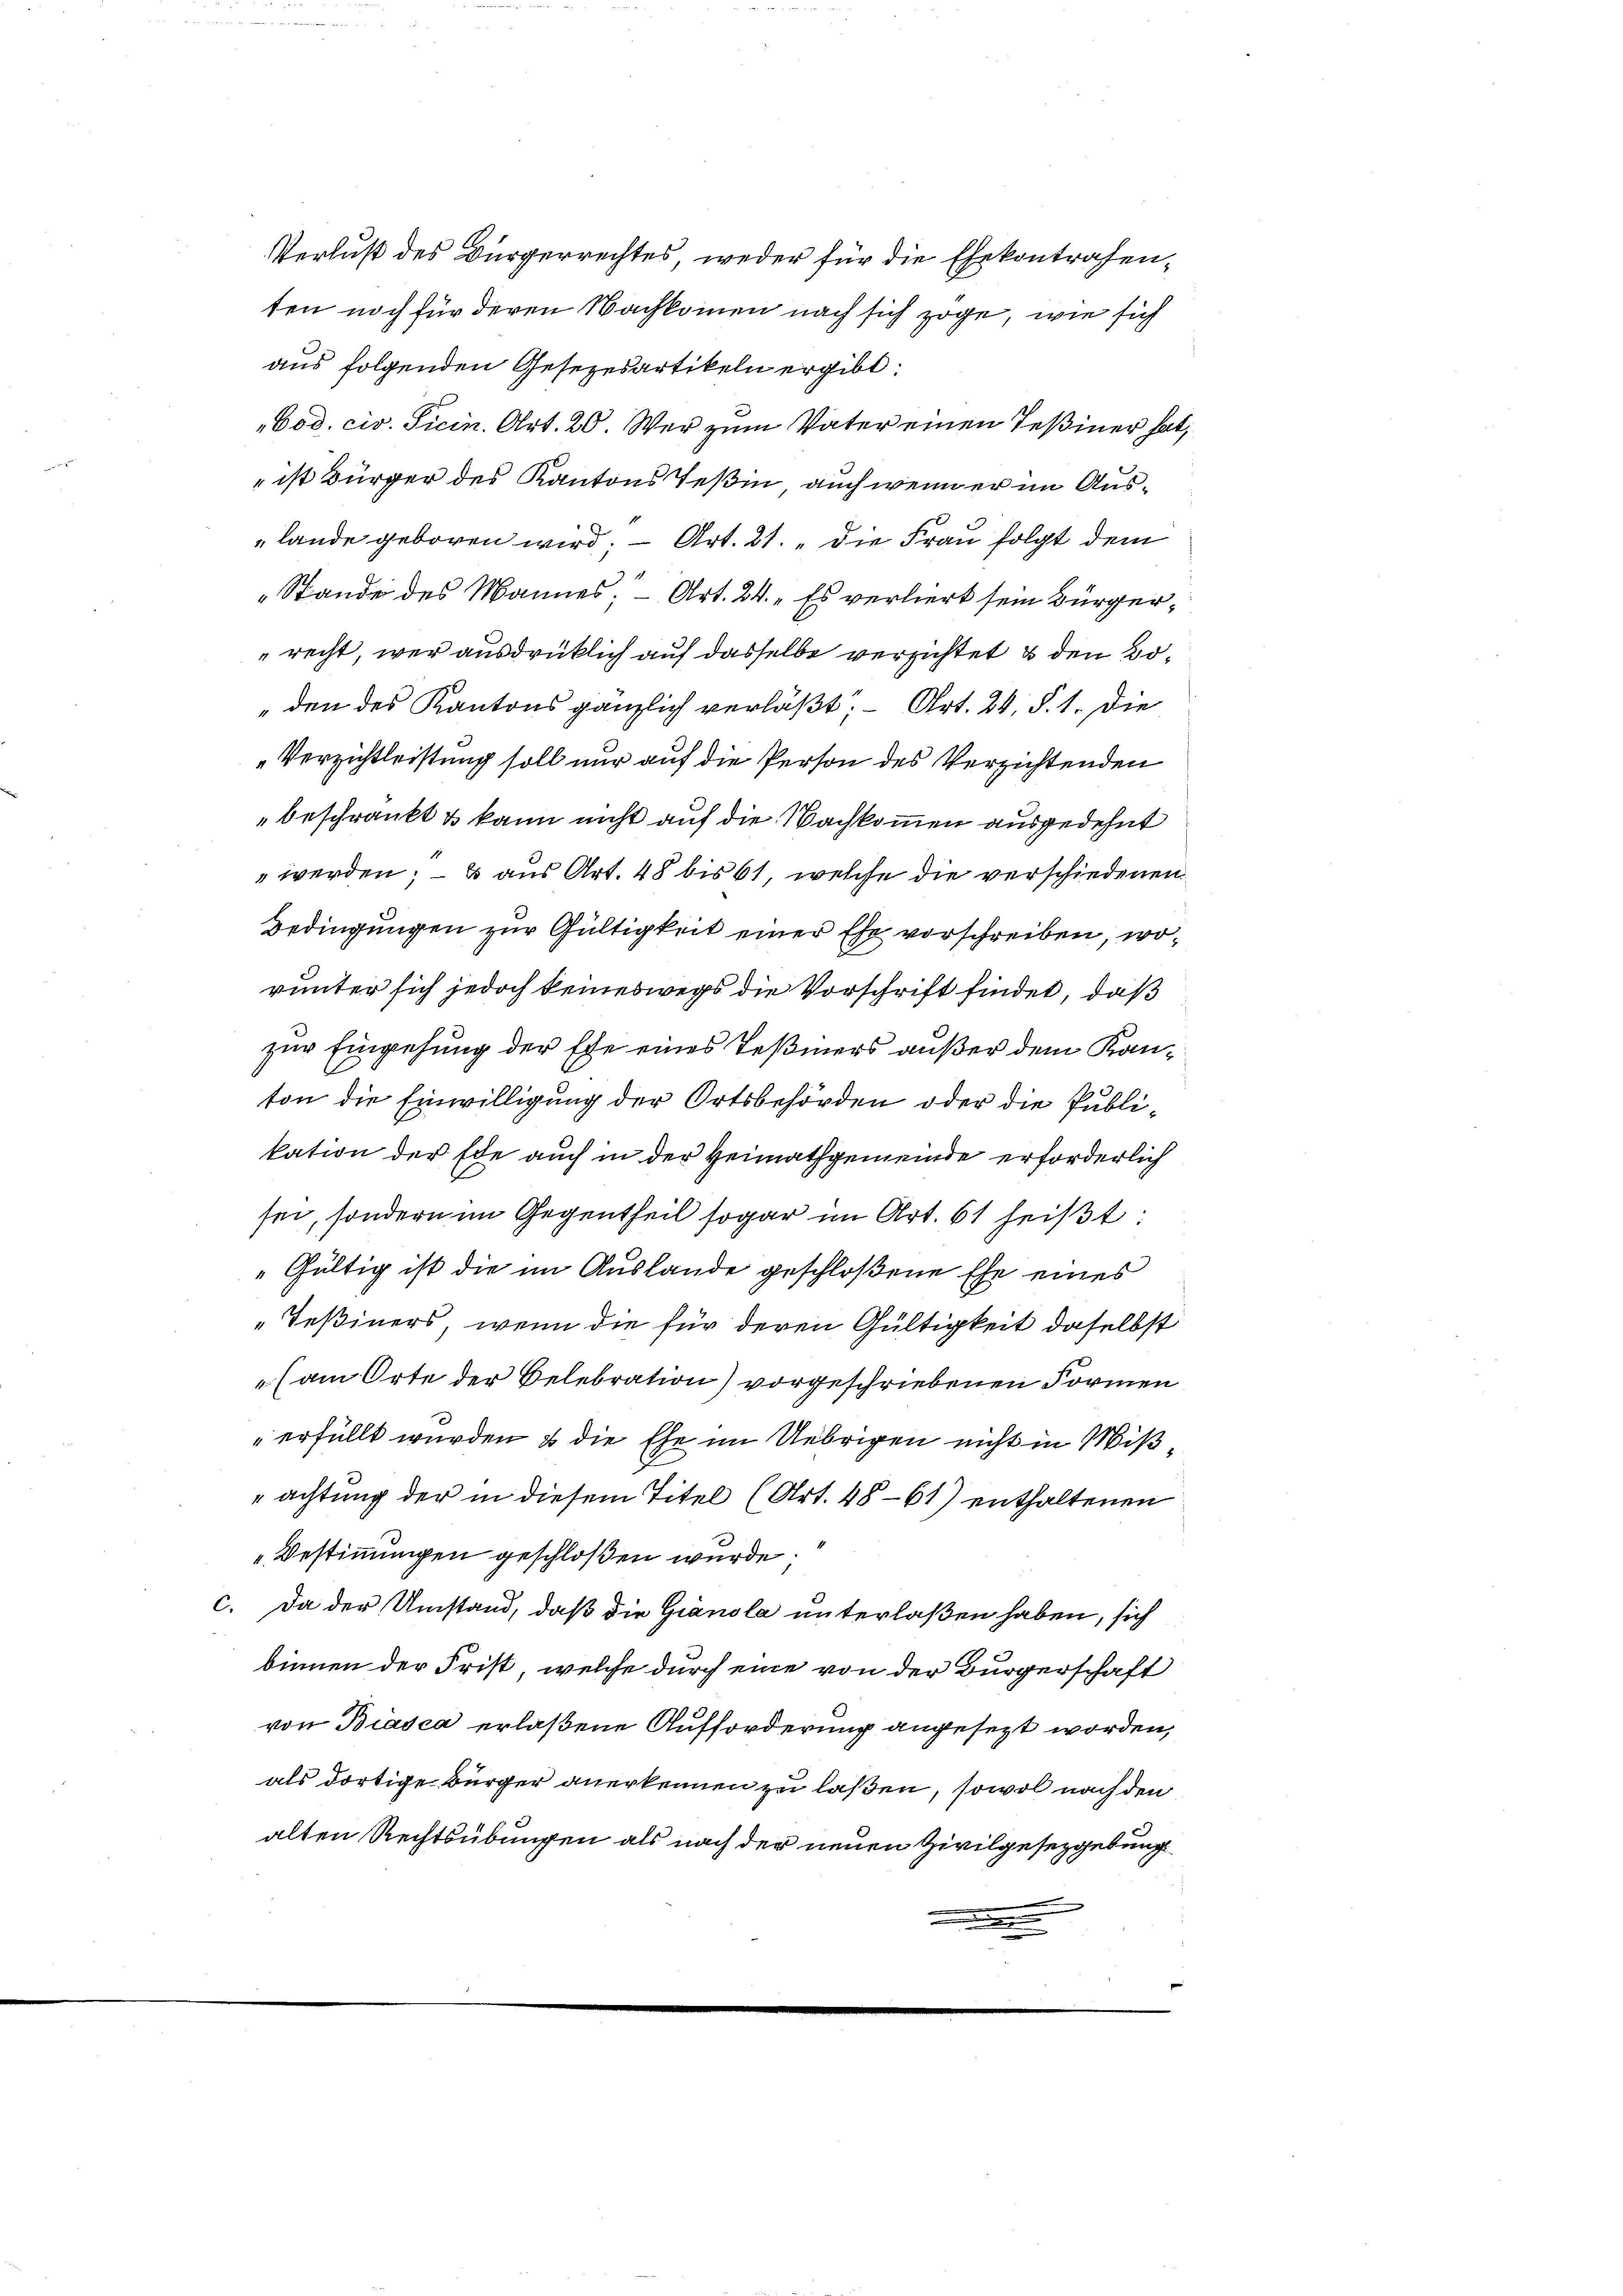
Verlust des Bürgerrechtes, weder für die Ehekontrafenten noch für deren Nachkommen nach sich zöge, wie sich
aus folgenden Gesezesartikeln ergibt:
Bod. civ. Ticin. Art. 20. Wer zum Vater einen Teßiner hat,
 ist Bürger des Kantons Teßin, auch wenn er im Auslande geboren wird; — Art. 21. die Frau folgt dem
Stande des Mannes, Art. 24. Es verliert sein Bürgerrecht, wer ausdrücklich auf dasselbe versichtet & den Bo¬
„den des Kantons gänzlich verläßt. - Art. 24. §. 1. Die
Verzichtleistung soll nur auf die Person des Verzichtenden
beschränkt & kann nicht auf die Nachkommen ausgedehnt
 werden; — 3 aus Art. 48 bis 61, welche die verschiedenen
Bedingungen zur Gültigkeit einer Ehe vorschreiben, worunter sich jedoch keineswegs die Vorschrift findet, daß
zur Eingehung der Ehe eines Teßiners außer dem Kanton die Einwilligung der Ortsbehörden oder die Publikation der Ede auch in der Heimathgemeinde erforderlich
sei, sondern im Gegentheil sogar im Art. 61 heißt:
"Gültig ist die im Auslande geschloßene Ehe eines
„Teßiners, wenn die für deren Gültigkeit daselbst
 (am Orte der Belebration) vorgeschriebenen Formen
erfüllt wurden, & die Ehe im Uebrigen nicht in Mißachtung der in diesem Titel (Art. 4861) enthaltenen
„Bestimmungen geschloßen wurde.
c. Da der Umstand, daß die Gränola unterlaßen haben, sich
binnen der Frist, welche durch eine von der Bürgerschaft
von Biasca erlaßene Aufforderung angesezt worden,
als dortige Bürger anerkennen zu laßen, sowol nach den
alten Rechtsübungen als nach der neuen Zivilgesetzgebung